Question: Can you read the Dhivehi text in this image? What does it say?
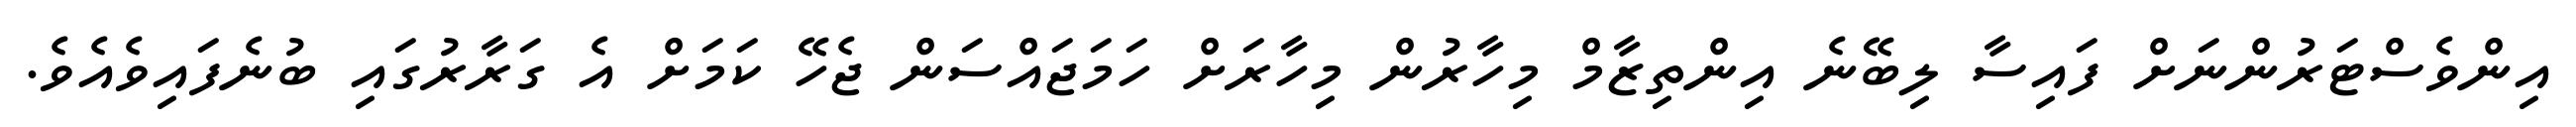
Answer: އިންވެސްޓަރުންނަށް ފައިސާ ލިބޭނެ އިންތިޒާމް މިހާރުން މިހާރަށް ހަމަޖައްސަން ޖެހޭ ކަމަށް އެ ގަރާރުގައި ބުނެފައިވެއެވެ.